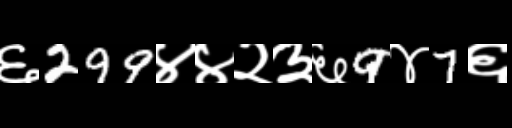
Text: ६299४४२३६9४7६